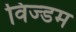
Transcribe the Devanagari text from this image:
विज्डम